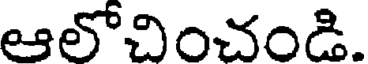
ఆలోచించండి.